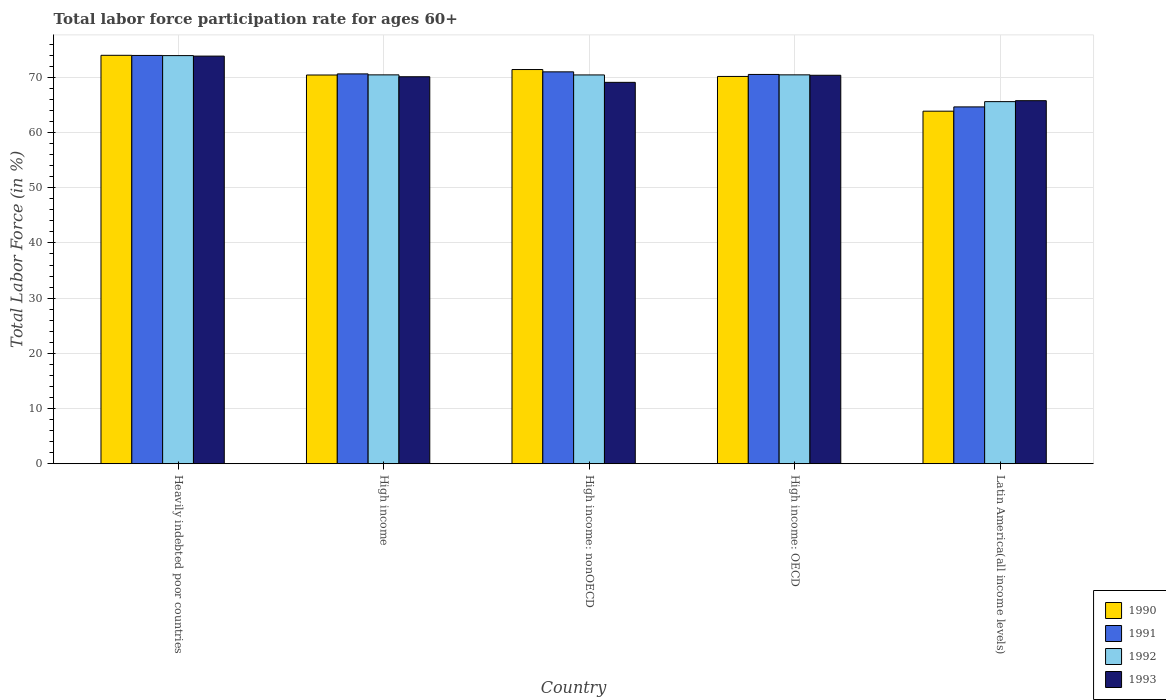
| Country | 1990 | 1991 | 1992 | 1993 |
 | --- | --- | --- | --- | --- |
 | Heavily indebted poor countries | 74 | 74 | 73.9 | 73.8 |
 | High income | 70.4 | 70.6 | 70.4 | 70.1 |
 | High income: nonOECD | 71.4 | 71 | 70.4 | 69.1 |
 | High income: OECD | 70.2 | 70.5 | 70.4 | 70.4 |
 | Latin America(all income levels) | 63.9 | 64.6 | 65.6 | 65.8 |